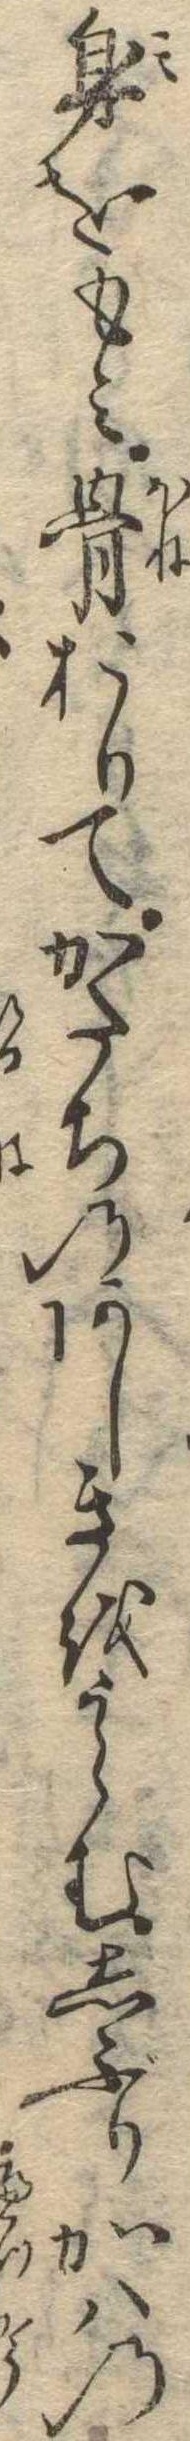
身をもみ骨おりてかたちのあしきをうらむしぶりかはの